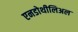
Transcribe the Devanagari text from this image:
एनडोथीलिअल